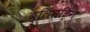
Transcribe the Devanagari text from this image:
ब्लिसट्रिंग